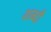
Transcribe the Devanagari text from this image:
शब्दौ